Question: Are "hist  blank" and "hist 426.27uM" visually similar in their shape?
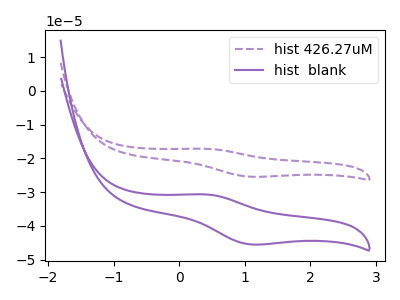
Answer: <think>The purple dashed curve "hist 426.27uM" has an anodic peak at (0.40V, -17.15uA) and a cathodic peak at (1.10V, -25.45uA). The purple curve "hist  blank" has an anodic peak at (0.40V, -30.70uA) and a cathodic peak at (1.10V, -45.45uA).
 All the peaks in "hist  blank" have a peak in "hist 426.27uM" at the same potential.</think>
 <answer>"hist  blank" and "hist 426.27uM" are similar in shape.</answer>
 <eval>same_shape</eval>